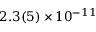
2 . 3 ( 5 ) \times 1 0 ^ { - 1 1 }